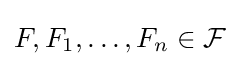
F,F_{1},\ldots ,F_{n}\in {\mathcal {F}}